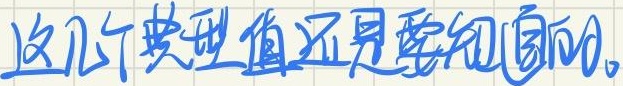
这几个典型值还是要知道的。